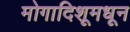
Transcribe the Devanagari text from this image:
मोगादिशूमधून